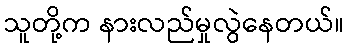
သူတို့က နားလည်မှုလွဲနေတယ်။